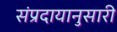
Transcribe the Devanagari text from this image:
संप्रदायानुसारी